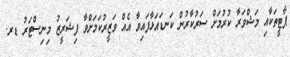
ޕާޓީތަކާއި މަޝްވަރާ ކުރުމަށް ސަރުކާރުން ކަނޑައަޅާފައިވާ އެއް ވަޒީރުކަމަށްވާ ފިޝަރީޒު މިނިސްޓަރު ޑރ.